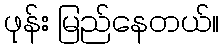
ဖုန်း မြည်နေတယ်။